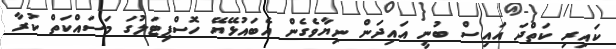
ކައިރި ކަތްދަ އައިސް ބުނީ އައިދަން ނިޔާވެގެން އެބައުޅޭޔޭ ހޮސްޕިޓަލުގަ މަސައްކަތް ކުރާ